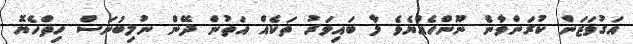
އަގުވަޒަން ކުރަންވާނެ ނޫންހެއްޔެވެ މާ ބައިވަރު ތަކެއް އަތުން ދޭން ނުލިބުނަސް ހިތްހެޔޮ